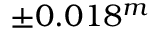
\pm 0 . 0 1 8 ^ { m }